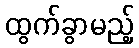
ထွက်ခွာမည့်